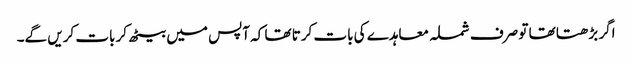
اگر بڑھتا تھا تو صرف شملہ معاہدے کی بات کرتا تھا کہ آپس میں بیٹھ کر بات کریں گے۔